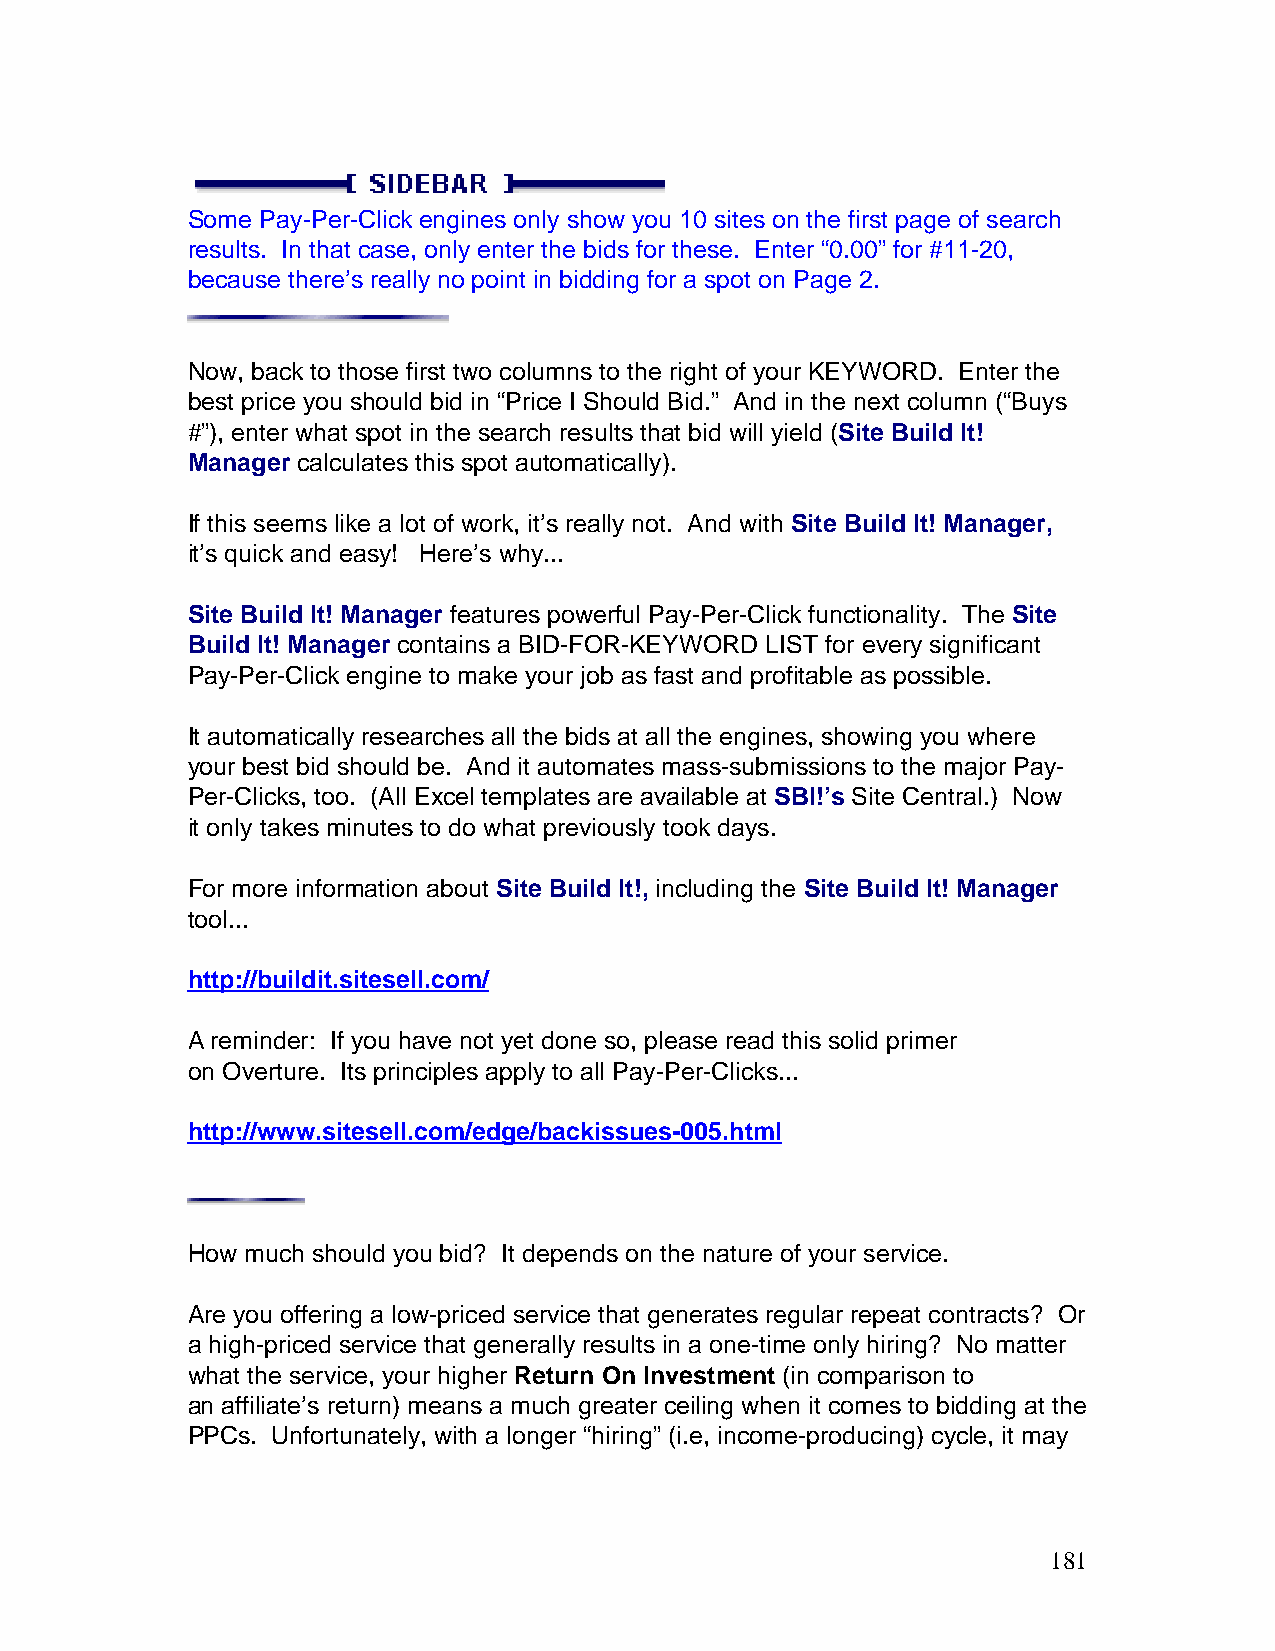
Some Pay-Per-Click engines only show you 10 sites on the first page of search
 results. In that case, only enter the bids for these. Enter “0.00” for #11-20,
 because there’s really no point in bidding for a spot on Page 2.
 Now, back to those first two columns to the right of your KEYWORD. Enter the
 best price you should bid in “Price I Should Bid.” And in the next column (“Buys
 #”), enter what spot in the search results that bid will yield (Site Build It!
 Manager calculates this spot automatically).
 If this seems like a lot of work, it’s really not. And with Site Build It! Manager,
 it’s quick and easy! Here’s why...
 Site Build It! Manager features powerful Pay-Per-Click functionality. The Site
 Build It! Manager contains a BID-FOR-KEYWORD LIST for every significant
 Pay-Per-Click engine to make your job as fast and profitable as possible.
 It automatically researches all the bids at all the engines, showing you where
 your best bid should be. And it automates mass-submissions to the major Pay-
 Per-Clicks, too. (All Excel templates are available at SBI!’s Site Central.) Now
 it only takes minutes to do what previously took days.
 For more information about Site Build It!, including the Site Build It! Manager
 tool...
 http://buildit.sitesell.com/
 A reminder: If you have not yet done so, please read this solid primer
 on Overture. Its principles apply to all Pay-Per-Clicks...
 http://www.sitesell.com/edge/backissues-005.html
 How much should you bid? It depends on the nature of your service.
 Are you offering a low-priced service that generates regular repeat contracts? Or
 a high-priced service that generally results in a one-time only hiring? No matter
 what the service, your higher Return On Investment (in comparison to
 an affiliate’s return) means a much greater ceiling when it comes to bidding at the
 PPCs. Unfortunately, with a longer “hiring” (i.e, income-producing) cycle, it may
 181